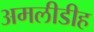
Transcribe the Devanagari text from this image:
अमलीडीह